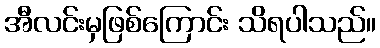
အီလင်းမှဖြစ်ကြောင်း သိရပါသည်။